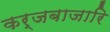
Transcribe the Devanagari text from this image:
कर्जबाजारि